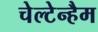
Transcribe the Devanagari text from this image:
चेल्टेन्हैम